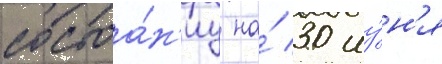
состоа́н'иу на́ 30 иу́н'я